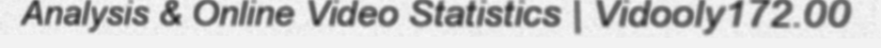
Analysis & Online Video Statistics | Vidooly172.00